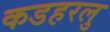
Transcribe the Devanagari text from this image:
कडहरलु